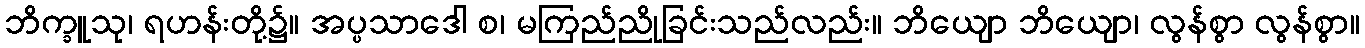
ဘိက္ခူသု၊ ရဟန်းတို့၌။ အပ္ပသာဒေါ စ၊ မကြည်ညိုခြင်းသည်လည်း။ ဘိယျော ဘိယျော၊ လွန်စွာ လွန်စွာ။